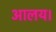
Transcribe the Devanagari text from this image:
आलय।